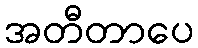
အတီတာပေ